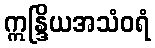
ဣန္ဒြိယအသံဝရံ